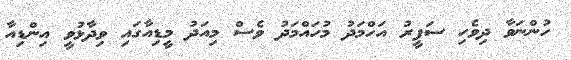
ހުންނަވާ ދިވެހި ސަފީރު އަހްމަދު މުހައްމަދު ވެސް މިއަދު މީީޑިއާގައި ވިދާޅުވީ އިންޑިއާ